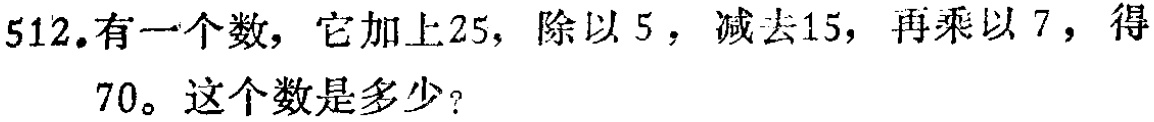
512.有一个数，它加上25，除以5，减去15，再乘以7，得70。这个数是多少？